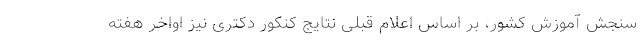
سنجش آموزش کشور، بر اساس اعلام قبلی نتایج کنکور دکتری نیز اواخر هفته